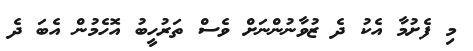
މި ފެށުމާ އެކު ދެ ޒުވާނުންނަށް ވެސް ތަރުހީބު އޮހެމުން އެބަ ދެ